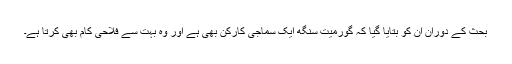
بحث کے دوران ان کو بتایا گیا کہ گورمیت سنگھ ایک سماجی کارکن بھی ہے اور وہ بہت سے فلاحی کام بھی کرتا ہے۔